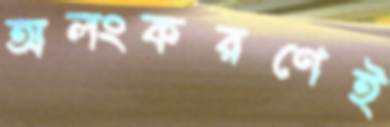
অলংকরণেই